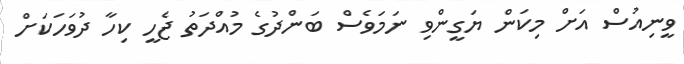
ވީނިއުސް އަށް މިކަން ޔަގީންވި ނަމަވެސް ބަންދުގެ މުއްދަތު ޖެހީ ކިހާ ދުވަހަކަށް